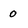
Character: 0